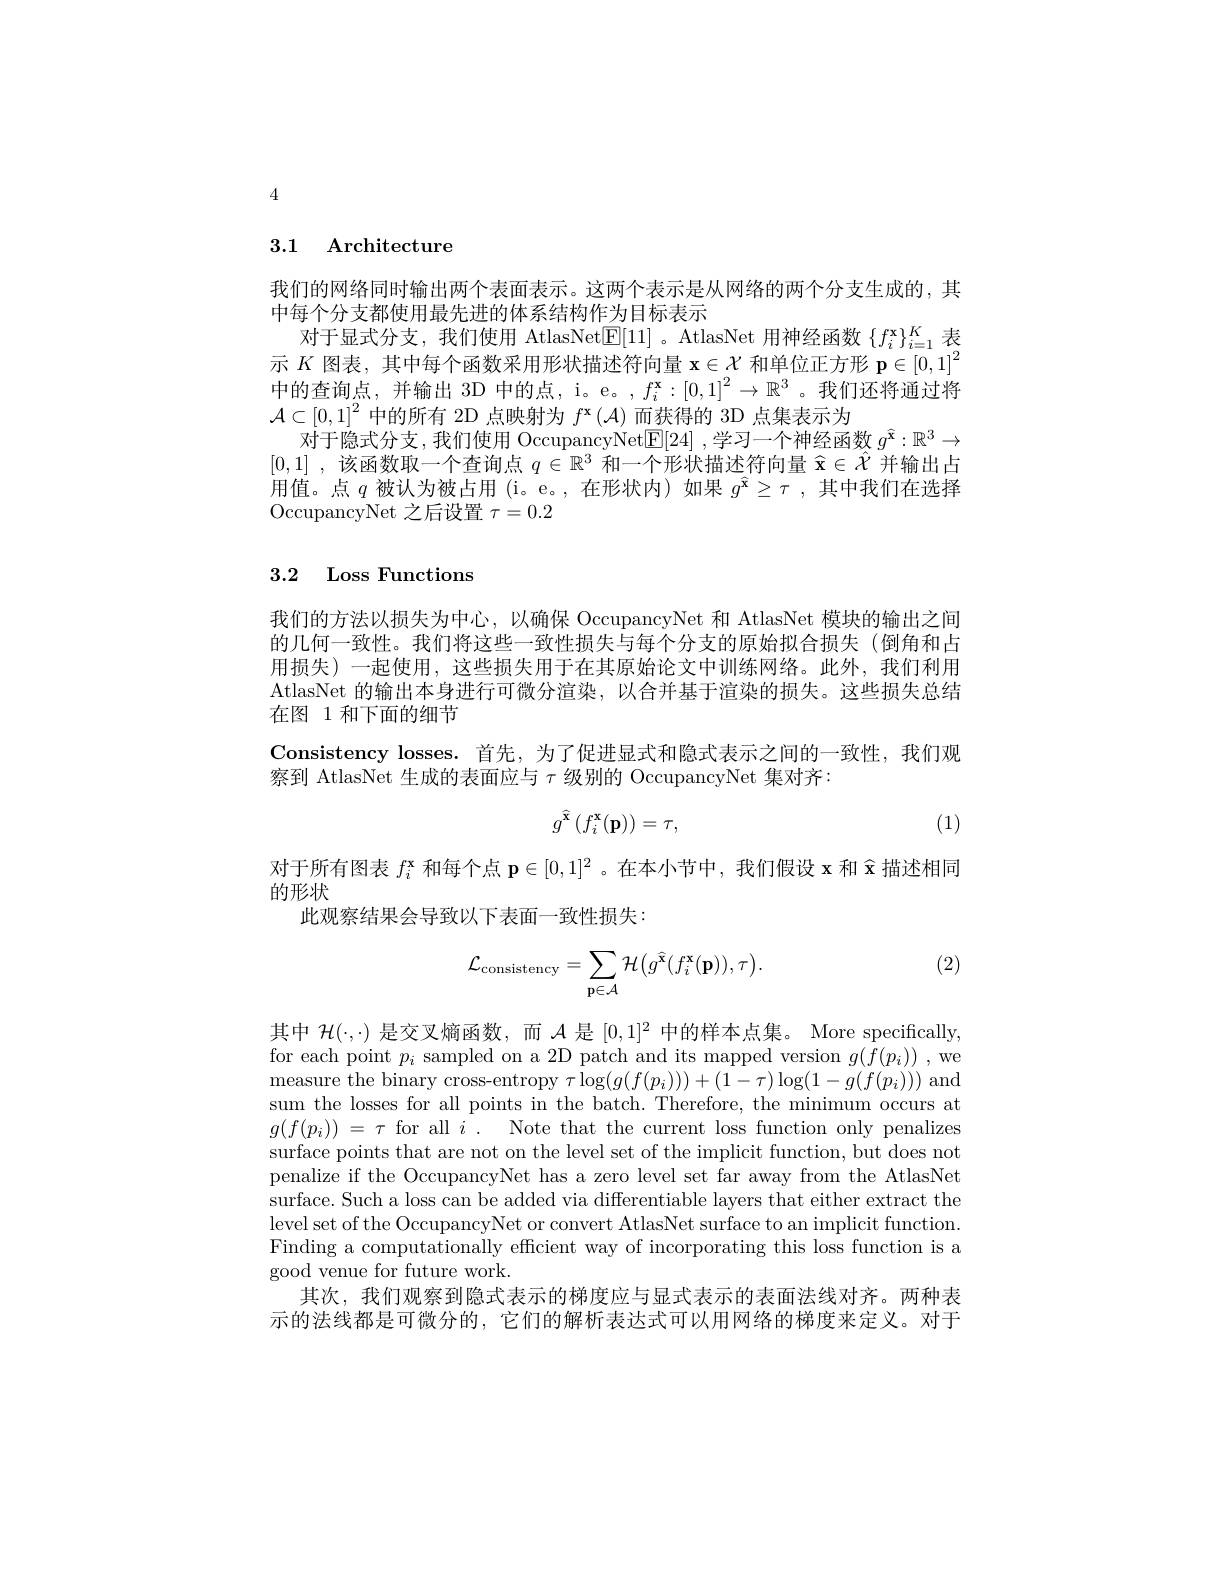
4

## 3.1 Architecture

我们的网络同时输出两个表面表示。这两个表示是从网络的两个分支生成的，其
中每个分支都使用最先进的体系结构作为目标表示
对于显式分支，我们使用 AtlasNet$\boxed{\mathrm{E}}[11]$ 。AtlasNet 用神经函数$\{f_i^{\mathrm{x}}\}_{i=1}^K$表示$K$图表，其中每个函数采用形状描述符向量$\mathbf{x}\in\mathcal{X}$和单位正方形$\mathbf{p}\in[0,1]^2$ 中的查询点，并输出 3D 中的点，i。e。$,f_i^\mathbf{x}:[0,1]^2\to\mathbb{R}^3$。我们还将通过将$\mathcal{A}\subset[0,1]^{2}$中的所有 2D 点映射为$f^\mathbf{x}\left(\mathcal{A}\right)$而获得的 3D 点集表示为
对于隐式分支，我们使用 OccupancyNet$\boxed{\mathbb{E}}[24]$ ,学习一个神经函数$g^\hat{\mathbf{x}}:\mathbb{R}^3\to$ [0,1] ,该函数取一个查询点$q\in\mathbb{R}^3$和一个形状描述符向量$\hat{\mathbf{x}}\in\hat{\mathcal{X}}$并输出占用值。点$q$被认为被占用(i。e。,在形状内)如果$g^{\hat{\mathbf{x}}}\geq\tau$,其中我们在选择OccupancyNet 之后设置$\tau=0.2$

## 3.2 Loss Functions

我们的方法以损失为中心，以确保 OccupancyNet 和 AtlasNet 模块的输出之间的几何一致性。我们将这些一致性损失与每个分支的原始拟合损失(倒角和占用损失)一起使用，这些损失用于在其原始论文中训练网络。此外，我们利用AtlasNet 的输出本身进行可微分渲染，以合并基于渲染的损失。这些损失总结在图 1 和下面的细节
Consistency losses. 首先，为了促进显式和隐式表示之间的一致性，我们观
察到 AtlasNet 生成的表面应与$\tau$级别的 OccupancyNet 集对齐：
$$g^{\widehat{\mathbf{x}}}\left(f_i^\mathbf{x}(\mathbf{p})\right)=\tau,$$
(1)

对于所有图表$f_i^\mathbf{x}$和每个点$\mathbf{p}\in[0,1]^2$ 。在本小节中，我们假设 x 和$\hat{\mathbf{x}}$描述相同
的形状
此观察结果会导致以下表面一致性损失：

(2)
$$\mathcal{L}_{\text{consistency}}=\sum_{\mathbf{p}\in\mathcal{A}}\mathcal{H}\big(g^{\widehat{\mathbf{x}}}(f_{i}^{\mathbf{x}}(\mathbf{p})),\tau\big).$$
其中$\mathcal{H}(\cdot,\cdot)$是交叉熵函数，而$\mathcal{A}$是$[0,1]^2$中的样本点集。More specifically for each point $p_{i}$ sampled on a 2D patch and its mapped version $g(f(p_{i}))$ , we measure the binary cross-entropy $\tau\log(g(f(p_i)))+(1-\tau)\log(1-g(f(p_i)))$ and sum the losses for all points in the batch. Therefore, the minimum occurs at $g( f( p_{i}) )$ = $\tau$ for all $i$ . Note that the current loss function only penalizes surface points that are not on the level set of the implicit function, but does not penalize if the OccupancyNet has a zero level set far away from the AtlasNet surface. Such a loss can be added via differentiable layers that either extract the level set of the OccupancyNet or convert AtlasNet surface to an implicit function. Finding a computationally efficient way of incorporating this loss function is a good venue for future work.
其次，我们观察到隐式表示的梯度应与显式表示的表面法线对齐。两种表示的法线都是可微分的，它们的解析表达式可以用网络的梯度来定义。对于